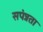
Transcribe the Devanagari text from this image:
सपंन्नता